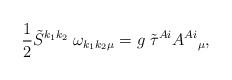
LaTeX: \begin{align*}\frac{1}{2} \tilde{S}^{k_1k_2}\; \omega_{k_1 k_2 \mu} =g \; \tilde{\tau}^{Ai} A^{Ai}{ }_{\mu},\end{align*}